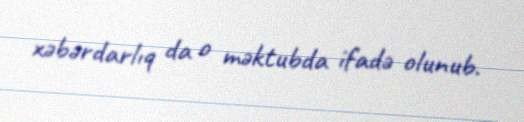
xəbərdarlıq da o məktubda ifadə olunub.